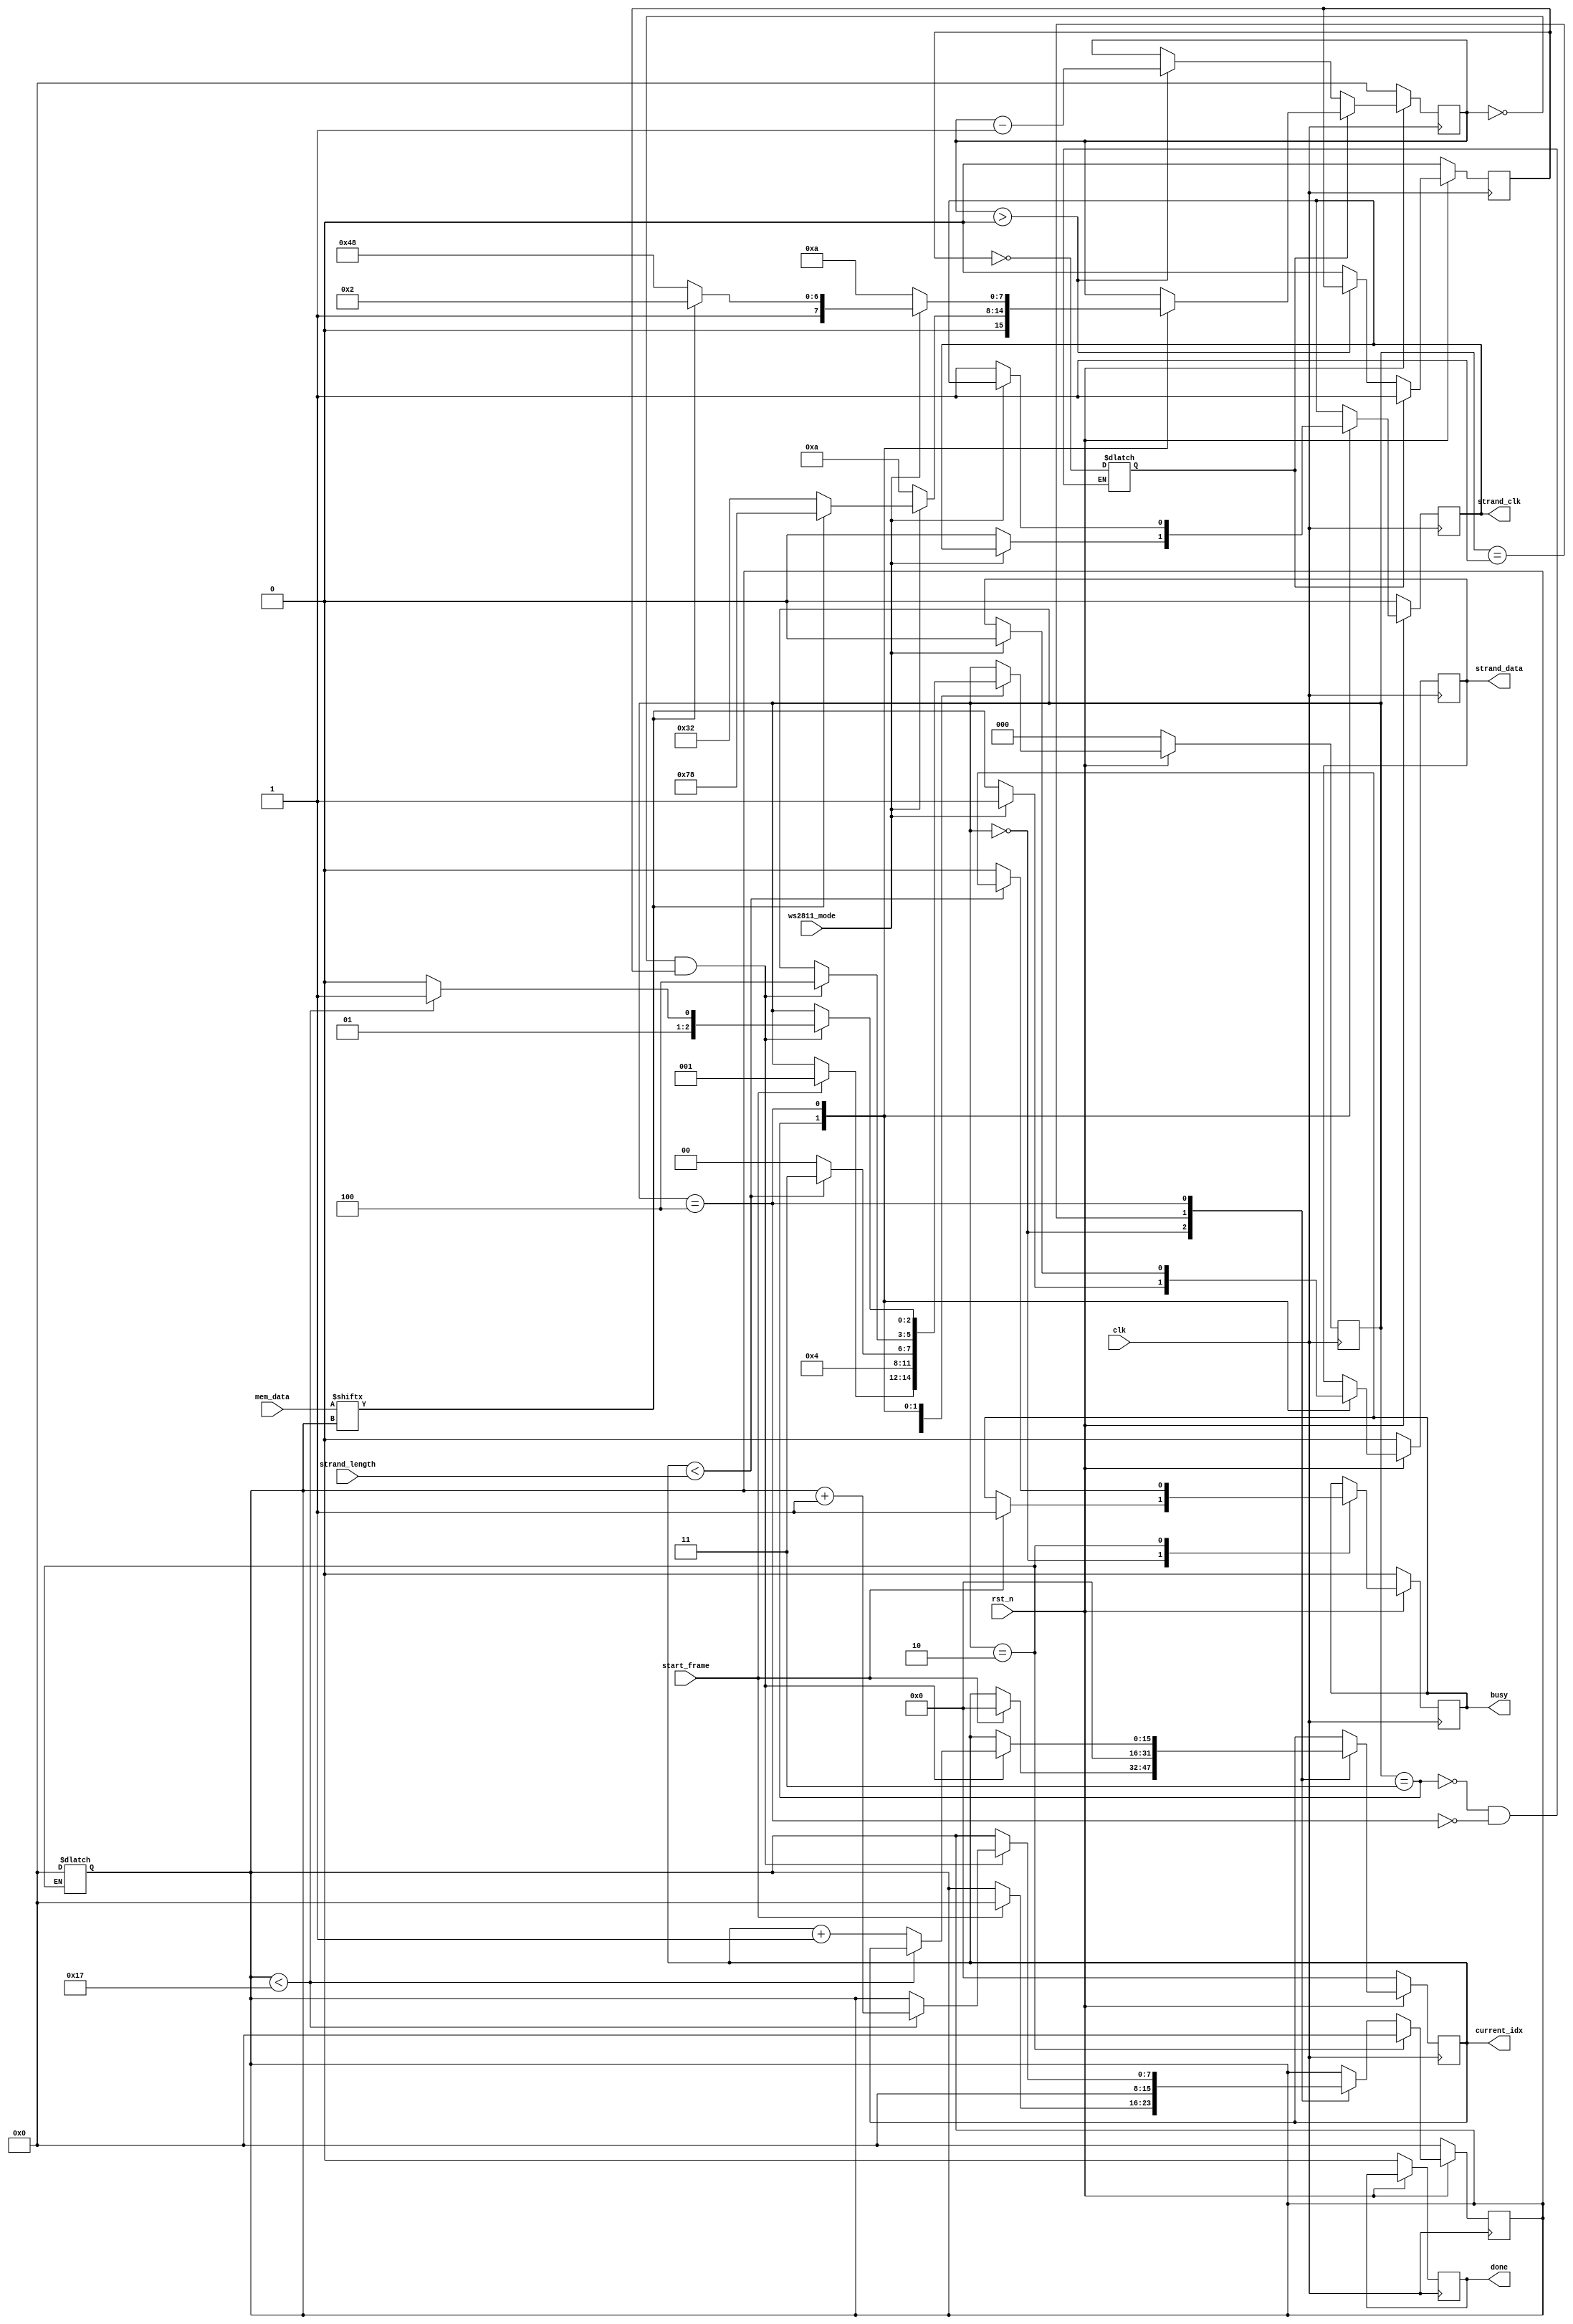
module strand_driver (
    clk,
    rst_n,
    ws2811_mode,
    strand_length,
    current_idx,
    mem_data,
    start_frame,
    busy,
    done,
    strand_clk,
    strand_data
    );
    parameter MEM_DATA_WIDTH = 24;
    parameter STRAND_PARAM_WIDTH = 16;
    input clk;
    input rst_n;
    input ws2811_mode;
    input [STRAND_PARAM_WIDTH-1:0] strand_length;
    output reg [STRAND_PARAM_WIDTH-1:0] current_idx;
    input [MEM_DATA_WIDTH-1:0] mem_data;
    input start_frame;
    output reg busy;
    output reg done;
    output reg strand_clk;
    output reg strand_data;
    reg [7:0] counter;
    reg [7:0] counter_preset;
    reg [7:0] bit_position;
    reg [2:0] current_state;
    reg [2:0] next_state;
    reg [MEM_DATA_WIDTH-1:0] current_data;
    reg strand_clk_i;
    reg strand_data_i;
    reg busy_i;
    reg [7:0] bit_position_i;
    reg [STRAND_PARAM_WIDTH-1:0] current_idx_i;
    reg counter_set_i;
    reg counter_running;
    wire words_to_decode;
    wire current_bit;
    localparam  STATE_IDLE = 3'b000,
                STATE_START = 3'b001,
                STATE_UNPACK = 3'b010,
                STATE_DECODE_1 = 3'b011,
                STATE_DECODE_2 = 3'b100;
    localparam  T1H = 8'd120,  
                T1L = 8'd130,
                T0H = 8'd50,
                T0L = 8'd200,
                TRESET = 8'd255,
                TCLKDIV2 = 8'd10;
    always @(posedge clk) begin
        if (rst_n == 1'b0) begin
            current_idx <= { STRAND_PARAM_WIDTH {1'b0} };
            current_data <= { MEM_DATA_WIDTH {1'b0} };
            busy <= 1'b0;
            done <= 1'b0;
            strand_clk <= 1'b0;
            strand_data <= 1'b0;
            counter <= {8 {1'b0} };
            bit_position <= {8 {1'b0} };
            current_state <= STATE_IDLE;
            counter_running <= 1'b0;
        end
        else begin
            busy <= busy_i;
            current_idx <= current_idx_i;
            strand_clk <= strand_clk_i;
            strand_data <= strand_data_i;
            if (current_state == STATE_UNPACK) begin
                current_data <= mem_data;
                bit_position <= {8 {1'b0} };
            end else begin
                bit_position <= bit_position_i;
            end
            if (counter_set_i == 1'b1) begin
                counter <= counter_preset;
                counter_running <= 1'b1;
            end else begin
                if (counter > 0) begin
                    counter <= counter - 1;
                end else begin
                    counter_running <= 1'b0;
                end
            end
            current_state <= next_state;
        end
    end
    assign words_to_decode = (current_idx < strand_length);
    assign current_bit = mem_data[bit_position];
    always @(*) begin
        next_state = current_state;
        strand_data_i = strand_data;
        strand_clk_i = strand_clk;
        counter_preset = counter;
        busy_i = busy;
        bit_position_i = bit_position;
        current_idx_i = current_idx;
        case (current_state)
            STATE_IDLE: begin
                if (start_frame == 1'b1) begin
                    next_state = STATE_START;
                    busy_i = 1'b1;
                    current_idx_i = { STRAND_PARAM_WIDTH {1'b0} };
                    bit_position_i = {8 {1'b0} };
                end
            end
            STATE_START: begin
                current_idx_i = { STRAND_PARAM_WIDTH {1'b0} };
                bit_position_i = {8 {1'b0} };
                next_state = STATE_UNPACK;
            end
            STATE_UNPACK: begin
                if (words_to_decode == 1'b1) begin
                    next_state = STATE_DECODE_1;
                end else begin
                    next_state = STATE_IDLE;
                    busy_i = 0;
                end
                bit_position = {8 {1'b0} };
            end
            STATE_DECODE_1: begin
                if (ws2811_mode == 1'b1) begin
                    if (current_bit == 1'b1) begin
                        counter_preset = T1H;
                    end else begin
                        counter_preset = T0H;
                    end
                    strand_data_i = 1'b1;
                end else begin
                    strand_data_i = mem_data[bit_position];
                    strand_clk_i = 1'b0;
                    counter_preset = TCLKDIV2;
                end
                counter_set_i = !counter_running;
                if (counter == 0 && counter_running) begin
                    next_state = STATE_DECODE_2;
                end
            end
            STATE_DECODE_2: begin
                if (ws2811_mode == 1'b1) begin
                    if (mem_data[bit_position] == 1'b1) begin
                        counter_preset = T1L;
                    end else begin
                        counter_preset = T0L;
                    end
                    strand_data_i = 1'b0;
                end else begin
                    strand_data_i = strand_data;
                    strand_clk_i = 1'b1;
                    counter_preset = TCLKDIV2;
                end
                if (counter == 0 && counter_running) begin
                    if (bit_position < 8'd23) begin
                        next_state = STATE_DECODE_1;
                        bit_position_i = bit_position + 1;
                    end else begin
                        next_state = STATE_UNPACK;
                        current_idx_i = current_idx + 1;
                    end
                end
                counter_set_i = !counter_running;
            end
        endcase
    end
 endmodule